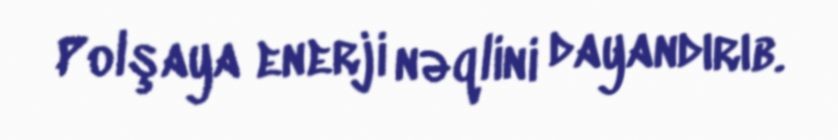
Polşaya enerji nəqlini dayandırıb.